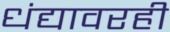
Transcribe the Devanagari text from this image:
धंद्यावरही